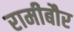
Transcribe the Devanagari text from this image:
रामीबौर